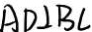
A D \bot B C